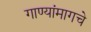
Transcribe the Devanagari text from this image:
गाण्यांमागचे